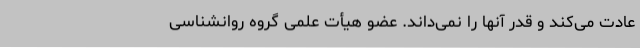
عادت می‌کند و قدر آنها را نمی‌داند. عضو هیأت علمی گروه روانشناسی